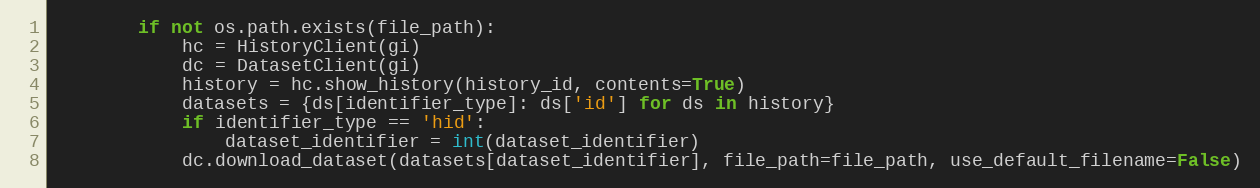
Language: Python
        if not os.path.exists(file_path):
            hc = HistoryClient(gi)
            dc = DatasetClient(gi)
            history = hc.show_history(history_id, contents=True)
            datasets = {ds[identifier_type]: ds['id'] for ds in history}
            if identifier_type == 'hid':
                dataset_identifier = int(dataset_identifier)
            dc.download_dataset(datasets[dataset_identifier], file_path=file_path, use_default_filename=False)